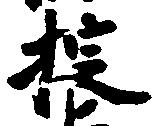
掟